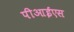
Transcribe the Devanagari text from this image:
पीआईएस